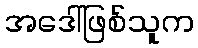
အဒေါ်ဖြစ်သူက